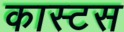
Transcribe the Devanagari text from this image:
कास्टस